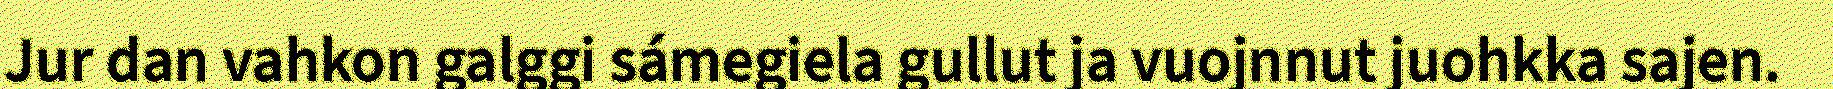
Jur dan vahkon galggi sámegiela gullut ja vuojnnut juohkka sajen.